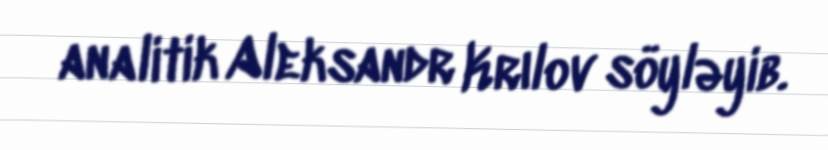
analitik Aleksandr Krılov söyləyib.